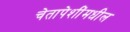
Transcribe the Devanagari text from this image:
चेतापेशींमधील